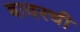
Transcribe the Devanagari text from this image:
बावरची